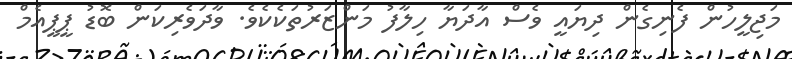
މަޖިލީހުން ފެނިގެން ދިޔައީ ވެސް އާދަޔާ ހިލާފު މަންޒަރުތަކެކެވެ. ވާދަވެރިކަން ބޮޑު ޕީޕީއެމް